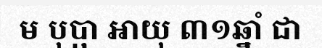
ម បុប្ផា អាយុ ៣១ឆ្នាំ ជា